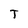
Character: T